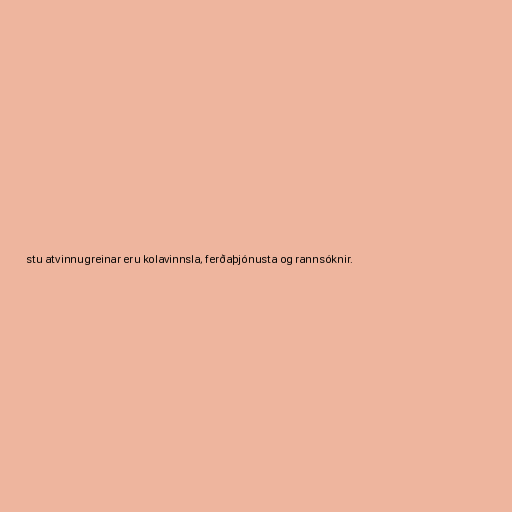
stu atvinnugreinar eru kolavinnsla, ferðaþjónusta og rannsóknir.